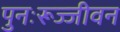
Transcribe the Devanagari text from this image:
पुनःरूज्जीवन